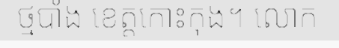
ថ្មបាំង ខេត្តកោះកុង។ លោក